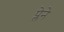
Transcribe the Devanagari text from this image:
प्लेने